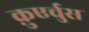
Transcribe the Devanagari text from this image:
क़ुएर्चुस